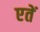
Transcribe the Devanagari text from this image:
एतें